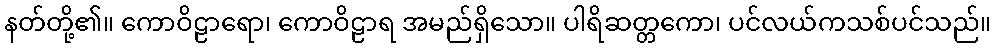
နတ်တို့၏။ ကောဝိဠာရော၊ ကောဝိဠာရ အမည်ရှိသော။ ပါရိဆတ္တကော၊ ပင်လယ်ကသစ်ပင်သည်။